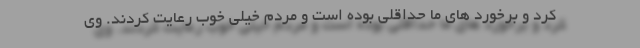
کرد و برخورد های ما حداقلی بوده است و مردم خیلی خوب رعایت کردند. وی